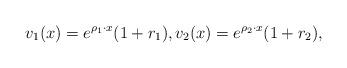
LaTeX: \begin{align*} v_1(x)=e^{\rho_1 \cdot x} (1+r_1), v_2(x)=e^{\rho _2\cdot x}(1+r_2),\end{align*}